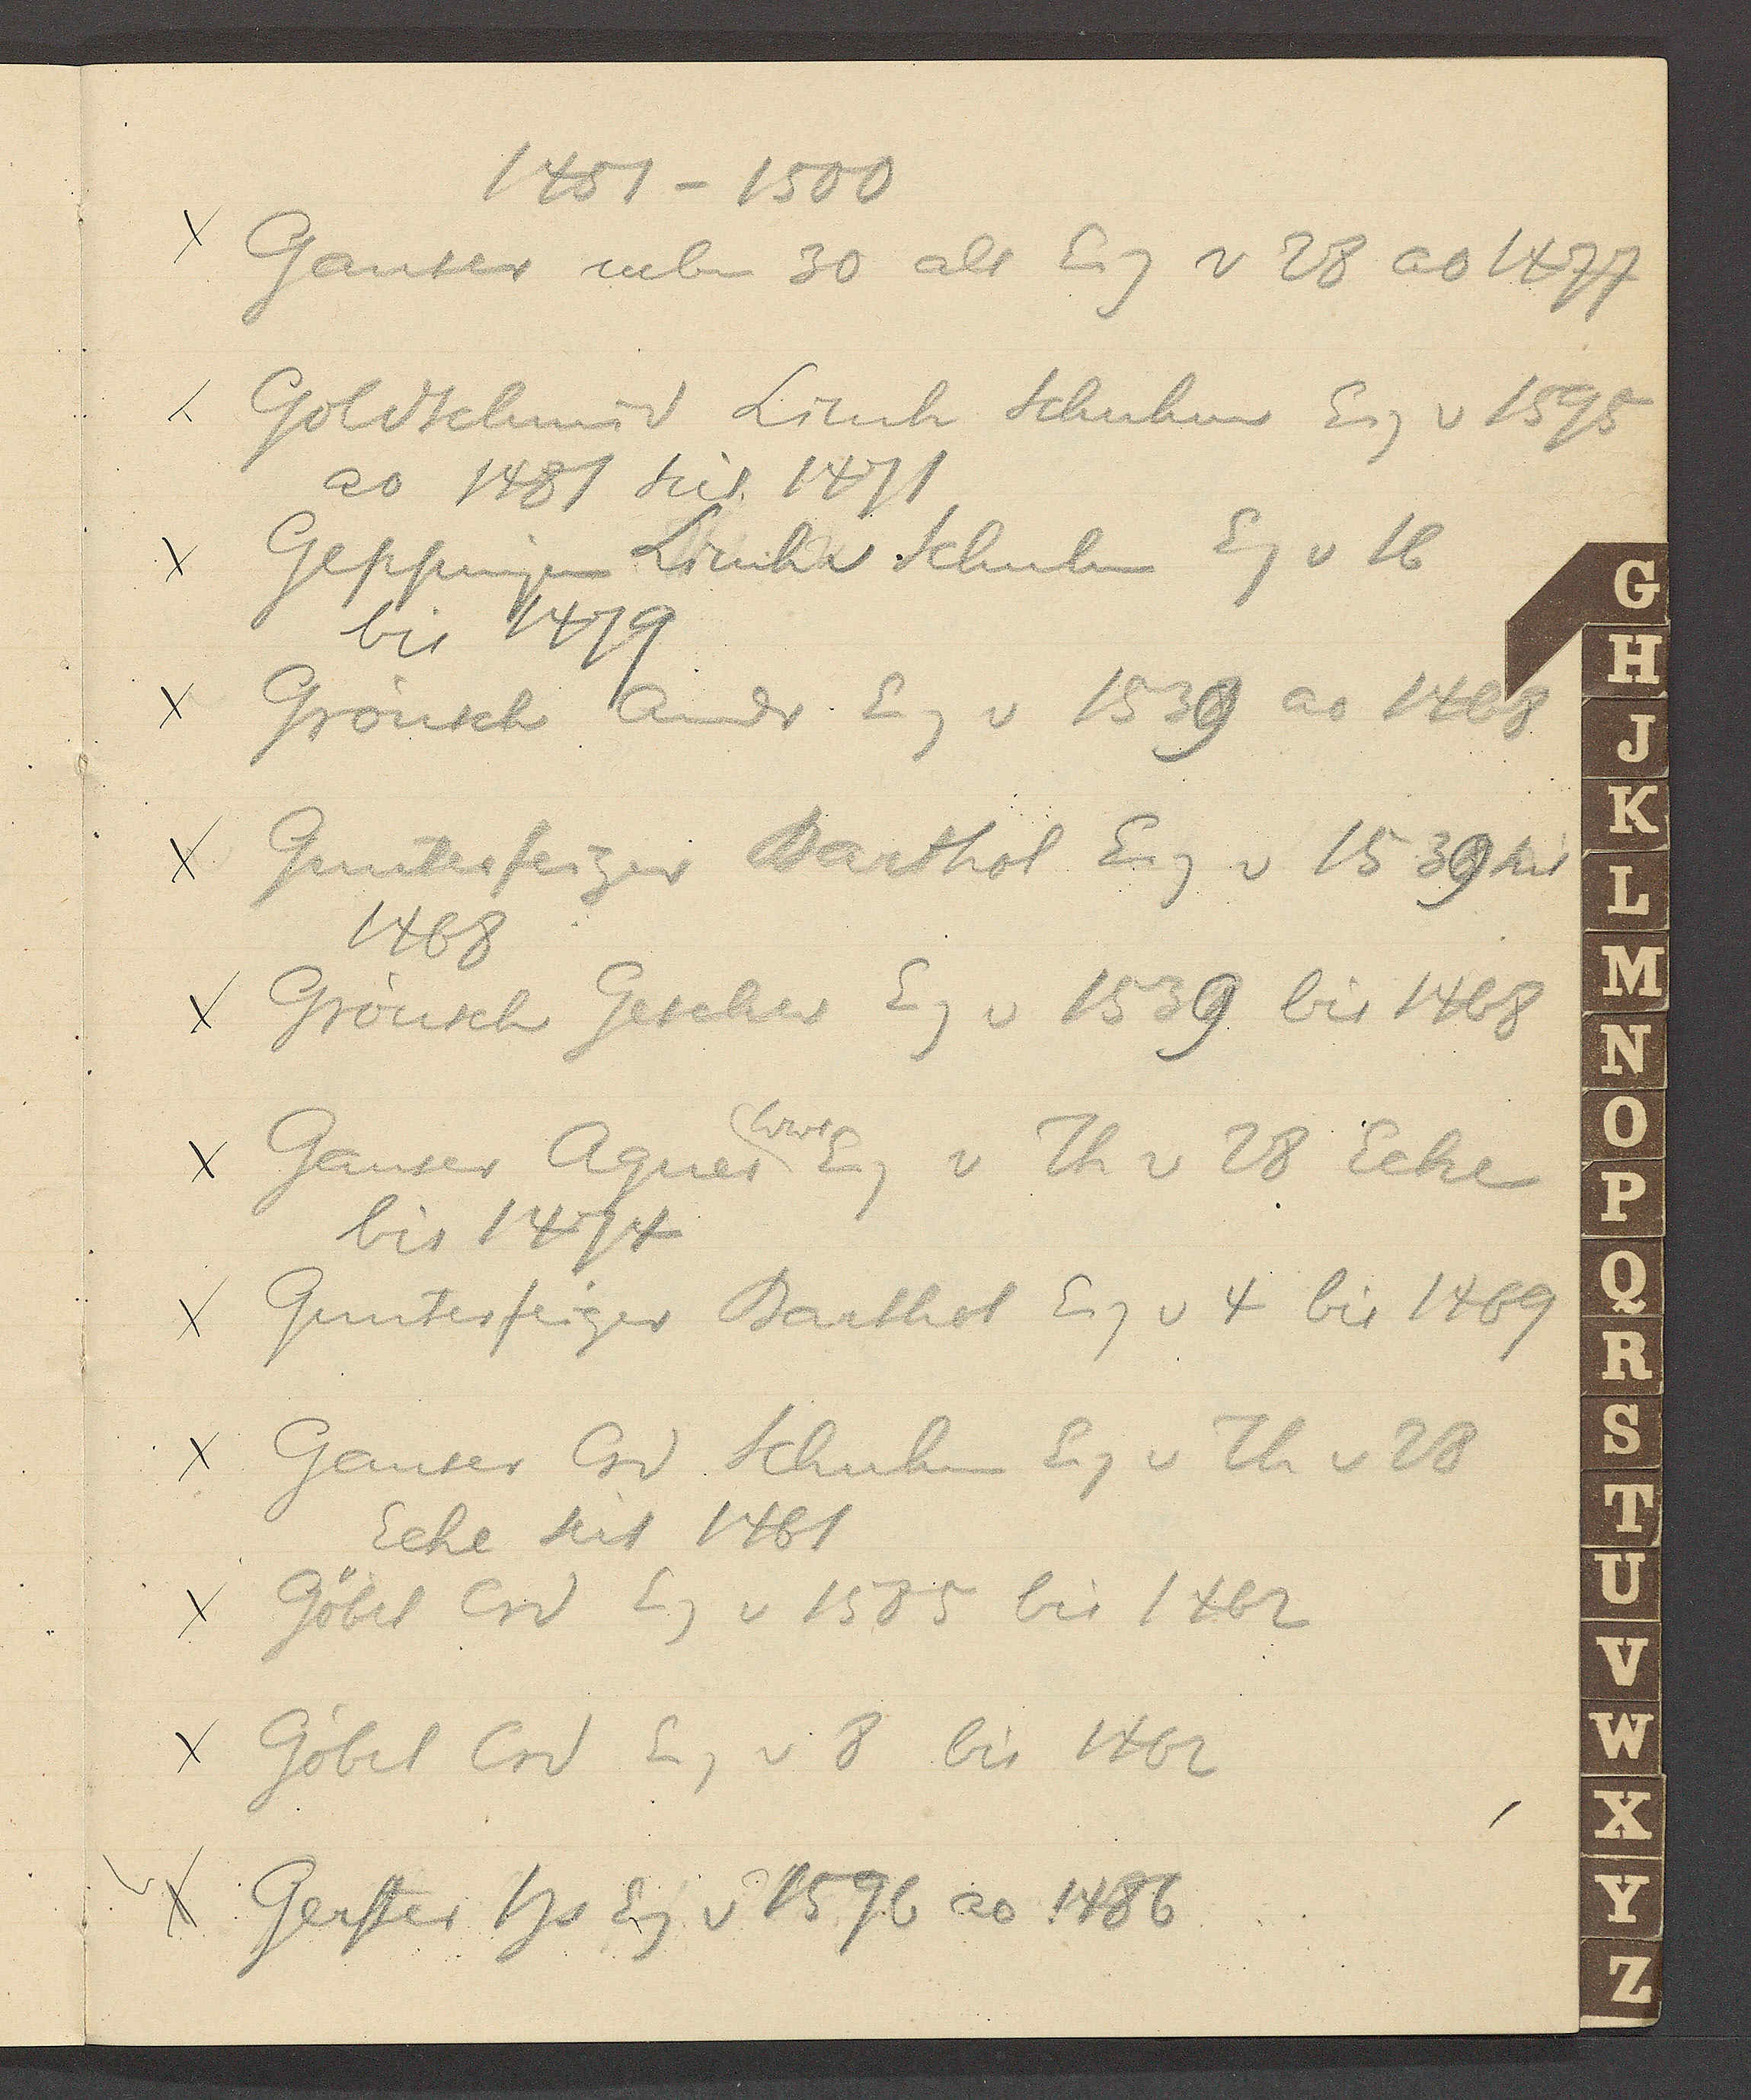
Transcript:
1451 – 1500
Ganser neben 30 als Eig v 28 ao 1477
Goldschmid Lienh Schuhm Eig v 1595
ao 1481 seit 1471
Geppingen Lienh v Schuhm Eg v 16
bis 1479
Grönsch Andr Eig v 1539 ao 1468
Gunterfeiger Barthol. Eig v 1539 seit
1468
Grönsch Gescher Eg v 1539 bis 1468
Wwe
Ganser Agnes Eig v Th v 28 Ecke
bis 1474
Gunterfeiger Barthol Eig v 4 bis 1469
Ganser Crd Schuhm Eig v Th v 28
Eche seit 1461
Göbel Crd Eig v 1585 bis 1462
Göbel Crd Eig v 8 bis 1462
Gerster Hs Eg v 1596 ao 1486